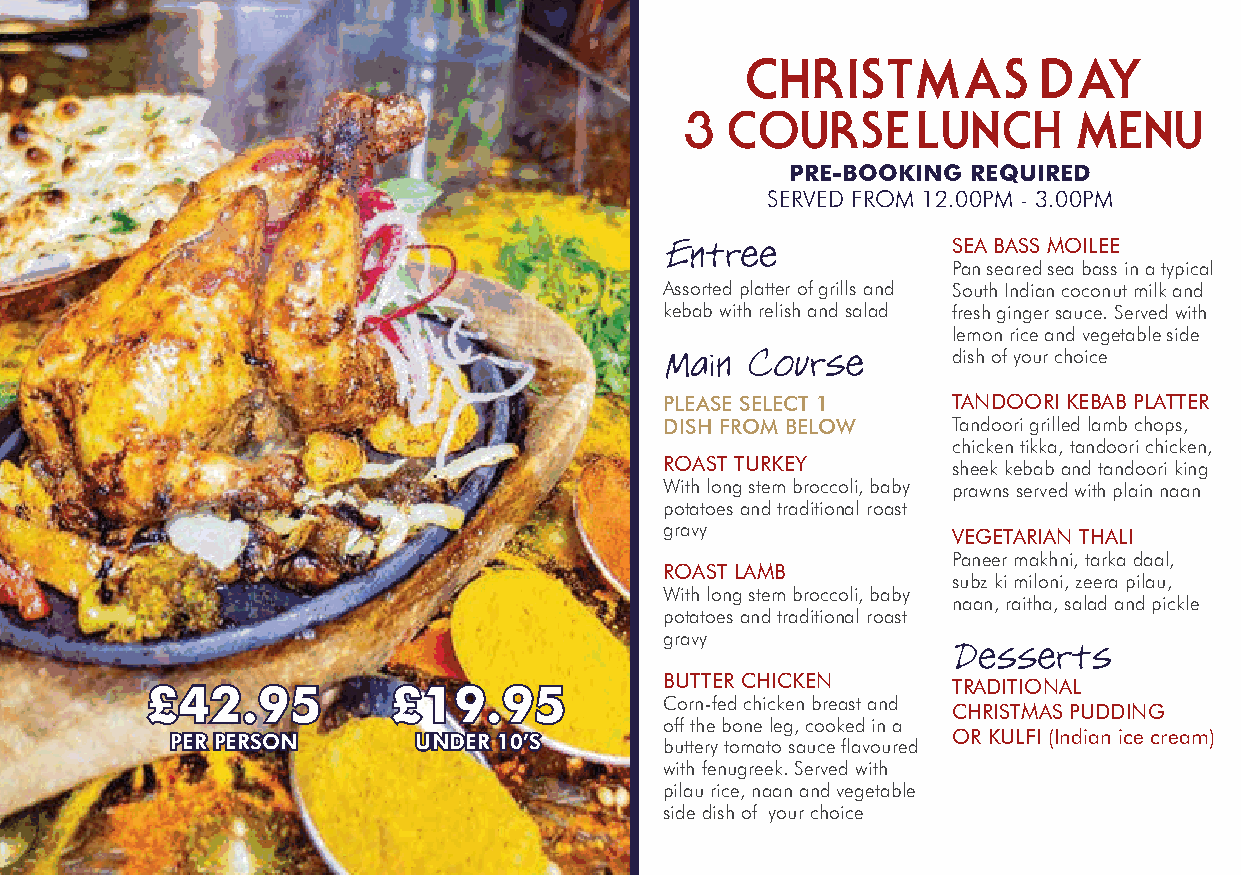
CHRISTMAS           DA  Y
 3  COURSE       LUNCH     MENU
 PRE-BOOKING REQUIRED
 SERVED FROM 12.00PM - 3.00PM
 SEA BASS MOILEE
 Pan seared sea bass in a typical
 Assorted platter of grills and South Indian coconut milk and
 kebab with relish and salad fresh ginger sauce. Served with
 lemon rice and vegetable side
 dish of your choice
 PLEASE SELECT 1    TANDOORI KEBAB PLATTER
 DISH FROM BELOW    Tandoori grilled lamb chops,
 chicken tikka, tandoori chicken,
 ROAST TURKEY       sheek kebab and tandoori king
 With long stem broccoli, baby prawns served with plain naan
 potatoes and traditional roast
 gravy
 VEGETARIAN THALI
 Paneer makhni, tarka daal,
 ROAST LAMB
 subz ki miloni, zeera pilau,
 With long stem broccoli, baby
 naan, raitha, salad and pickle
 potatoes and traditional roast
 gravy
 BUTTER CHICKEN
 £42.95          £19.95                               TRADITIONAL
 Corn-fed chicken breast and
 CHRISTMAS PUDDING
 off the bone leg, cooked in a
 PER PERSON      UNDER 10’S       buttery tomato sauce flavoured OR KULFI (Indian ice cream)
 with fenugreek. Served with
 pilau rice, naan and vegetable
 side dish of your choice